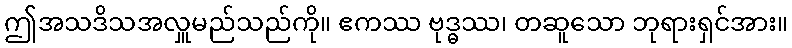
ဤအသဒိသအလှူမည်သည်ကို။ ဧကဿ ဗုဒ္ဓဿ၊ တဆူသော ဘုရားရှင်အား။